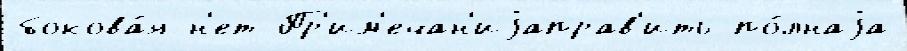
бокова́я н'ет Пр'им'ечан'иjаправ'ить по́лнаjа